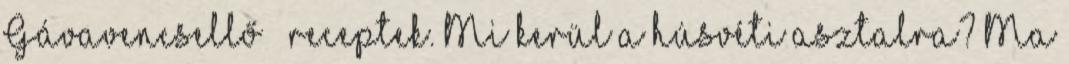
Gávavencsellő – receptek. Mi kerül a húsvéti asztalra? Ma